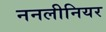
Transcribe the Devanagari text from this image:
ननलीनियर